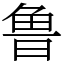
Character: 鲁